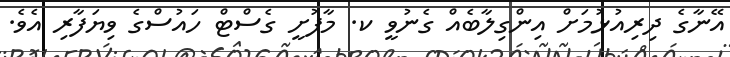
އޭނާގެ ދިރިއުޅުމަށް އިންގިލާބެއް ގެނުވީ ކ. މާފުށީ ގެސްޓް ހައުސްގެ ވިޔަފާރި އެވެ.